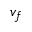
v _ { f }